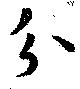
分